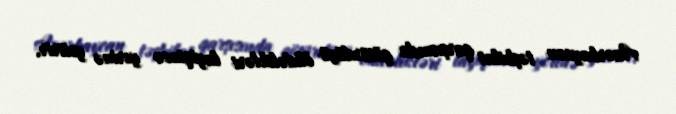
Azərbaycan təşkilat qarşısında götürdüyü öhdəlikləri layiqincə yerinə yetirir.